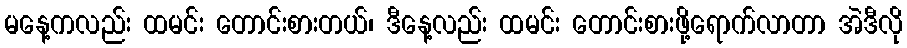
မနေ့ကလည်း ထမင်း တောင်းစားတယ်၊ ဒီနေ့လည်း ထမင်း တောင်းစားဖို့ရောက်လာတာ အဲဒီလို